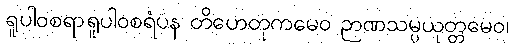
ရူပါဝစရာရူပါဝစရံပန တိဟေတုကမေဝ ဉာဏသမ္ပယုတ္တမေဝ၊